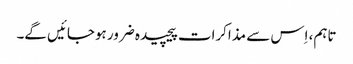
تاہم، اِس سے مذاکرات پیچیدہ ضرور ہوجائیں گے۔